Report of the Indian Hemp Drugs Commission, 1894-1895 - Volume VII
Year: 1894
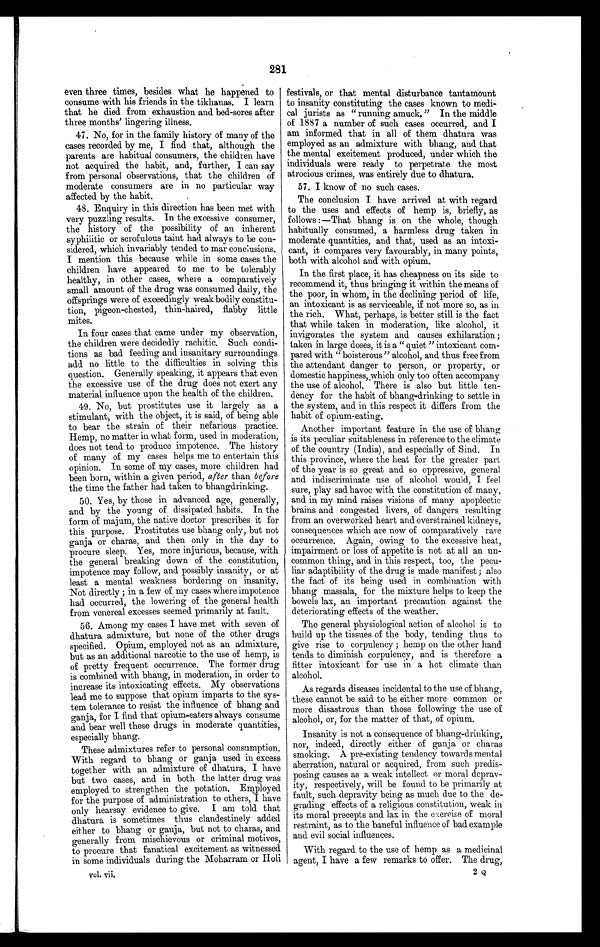
281
even three times, besides what he happened to
consume with his friends in the tikhanas. I learn
that he died from exhaustion and bed-sores after
three months' lingering illness.
47. No, for in the family history of many of the
cases recorded by me, I find that, although the
parents are habitual consumers, the children have
not acquired the habit, and, further, I can say
from personal observations, that the children of
moderate consumers are in no particular way
affected by the habit.
48. Enquiry in this direction has been met with
very puzzling results. In the excessive consumer,
the history of the possibility of an inherent
syphilitic or scrofulous taint had always to be con-
sidered, which invariably tended to mar conclusions.
I mention this because while in some cases the
children have appeared to me to be tolerably
healthy, in other cases, where a comparatively
small amount of the drug was consumed daily, the
offsprings were of exceedingly weak bodily constitu-
tion, pigeon-chested, thin-haired, flabby little
mites.
In four cases that came under my observation,
the children were decidedly rachitic. Such condi-
tions as bad feeding and insanitary surroundings
add no little to the difficulties in solving this
question. Generally speaking, it appears that even
the excessive use of the drug does not exert any
material influence upon the health of the children.
49. No, but prostitutes use it largely as a
stimulant, with the object, it is said, of being able
to bear the strain of their nefarious practice.
Hemp, no matter in what form, used in moderation,
does not tend to produce impotence. The history
of many of my cases helps me to entertain this
opinion. In some of my cases, more children had
been born, within a given period, after than before
the time the father had taken to bhangdrinking.
50. Yes, by those in advanced age, generally,
and by the young of dissipated habits. In the
form of majum, the native doctor prescribes it for
this purpose. Prostitutes use bhang only, but not
ganja or charas, and then only in the day to
procure sleep. Yes, more injurious, because, with
the general breaking down of the constitution,
impotence may follow, and possibly insanity, or at
least a mental weakness bordering on insanity.
Not directly; in a few of my cases where impotence
had occurred, the lowering of the general health
from venereal excesses seemed primarily at fault.
56. Among my cases I have met with seven of
dhatura admixture, but none of the other drugs
specified. Opium, employed not as an admixture,
but as an additional narcotic to the use of hemp, is
of pretty frequent occurrence. The former drug
is combined with bhang, in moderation, in order to
increase its intoxicating effects. My observations
lead me to suppose that opium imparts to the sys-
tem tolerance to resist the influence of bhang and
ganja, for I find that opium-eaters always consume
and bear well these drugs in moderate quantities,
especially bhang.
These admixtures refer to personal consumption.
With regard to bhang or ganja used in excess
together with an admixture of dhatura, I have
but two cases, and in both the latter drug was
employed to strengthen the potation. Employed
for the purpose of administration to others, I have
only hearsay evidence to give. I am told that
dhatura is sometimes thus clandestinely added
either to bhang or ganja, but not to charas, and
generally from mischievous or criminal motives,
to procure that fanatical excitement as witnessed
in some individuals during the Moharram or Holi
festivals, or that mental disturbance tantamount
to insanity constituting the cases known to medi-
cal jurists as "running amuck." In the middle
of 1887 a number of such cases occurred, and I
am informed that in all of them dhatura was
employed as an admixture with bhang, and that
the mental excitement produced, under which the
individuals were ready to perpetrate the most
atrocious crimes, was entirely due to dhatura.
57. I know of no such cases.
The conclusion I have arrived at with regard
to the uses and effects of hemp is, briefly, as
follows:—That bhang is on the whole, though
habitually consumed, a harmless drug taken in
moderate quantities, and that, used as an intoxi-
cant, it compares very favourably, in many points,
both with alcohol and with opium.
In the first place, it has cheapness on its side to
recommend it, thus bringing it within the means of
the poor, in whom, in the declining period of life,
an intoxicant is as serviceable, if not more so, as in
the rich. What, perhaps, is better still is the fact
that while taken in moderation, like alcohol, it
invigorates the system and causes exhilaration;
taken in large doses, it is a " quiet " intoxicant com--
pared with " boisterous " alcohol, and thus free from
the attendant danger to person, or property, or
domestic happiness, which only too often accompany
the use of alcohol. There is also but little ten-
-dency for the habit of bhang-drinking to settle in
the system, and in this respect it differs from the
habit of opium-eating.
Another important feature in the use of bhang
is its peculiar suitableness in reference to the climate
of the country (India), and especially of Sind. In
this province, where the heat for the greater part
of the year is so great and so oppressive, general
and indiscriminate use of alcohol would, I feel
sure, play sad havoc with the constitution of many,
and in my mind raises visions of many apoplectic
brains and congested livers, of dangers resulting
from an overworked heart and overstrained kidneys,
consequences which are now of comparatively rare
occurrence. Again, owing to the excessive heat,
impairment or loss of appetite is not at all an un--
common thing, and in this respect, too, the pecu--
liar adaptibility of the drug is made manifest; also
the fact of its being used in combination with
bhang massala, for the mixture helps to keep the
bowels lax, an important precaution against the
deteriorating effects of the weather.
The general physiological action of alcohol is to
build up the tissues of the body, tending thus to
give rise to corpulency; hemp on the other hand
tends to diminish corpulency, and is therefore a
fitter intoxicant for use in a hot climate than
alcohol.
As regards diseases incidental to the use of bhang,
these cannot be said to be either more common or
more disastrous than those following the use of
alcohol, or, for the matter of that, of opium.
Insanity is not a consequence of bhang-drinking,
nor, indeed, directly either of ganja or charas
smoking. A pre-existing tendency towards mental
aberration, natural or acquired, from such predis--
posing causes as a weak intellect or moral deprav--
ity, respectively, will be found to be primarily at
fault, such depravity being as much due to the de--
grading effects of a religious constitution, weak in
its moral precepts and lax in the exercise of moral
restraint, as to the baneful influence of bad example
and evil social influences.
With regard to the use of hemp as a medicinal
agent, I have a few remarks to offer. The drug,
vol. vii,
2 Q